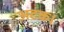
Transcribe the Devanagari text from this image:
अटक।